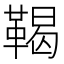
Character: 鞨